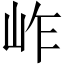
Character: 岞